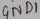
Text: 4ND1